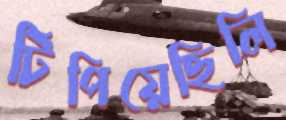
টিপিয়েছিলি